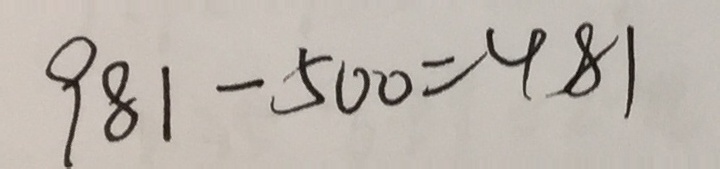
9 8 1 - 5 0 0 = 4 8 1